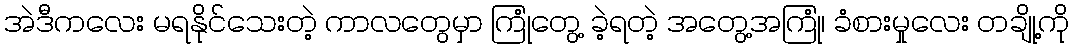
အဲဒီကလေး မရနိုင်သေးတဲ့ ကာလတွေမှာ ကြုံတွေ့ ခဲ့ရတဲ့ အတွေ့အကြုံ၊ ခံစားမှုလေး တချို့ကို